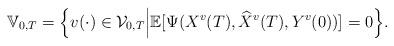
LaTeX: \begin{align*} \mathbb{V}_{0,T}=\Big\{v(\cdot)\in \mathcal{V}_{0,T}\Big| \mathbb{E}[\Psi(X^v(T), \widehat{X}^v(T), Y^v(0))]=0 \Big\}.\end{align*}